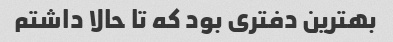
بهترین دفتری بود که تا حالا داشتم